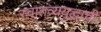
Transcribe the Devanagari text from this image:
स्वातंत्र्ययुद्धाची